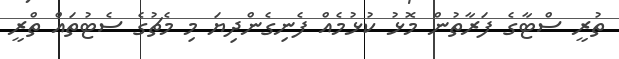
ތުރީ ސްޓާގެ ފަރާތުން މޮޅު ކުޅުމެއް ފެނިގެންދިޔަ މި މެޗުގެ ސެޓުތައް ތްރީ